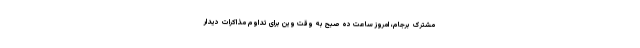
مشترک برجام، امروز ساعت ده صبح به وقت وین برای تداوم مذاکرات دیدار